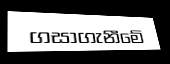
ගසාගැනීමේ